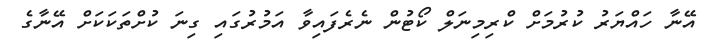
އޭނާ ހައްޔަރު ކުރުމަށް ކްރިމިނަލް ކޯޓުން ނެރެފައިވާ އަމުރުގައި ގިނަ ކުށްތަކަކަށް އޭނާގެ